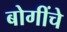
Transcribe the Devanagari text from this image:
बोगींचे